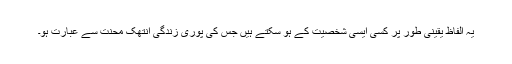
یہ الفاظ یقینی طور پر کسی ایسی شخصیت کے ہو سکتے ہیں جس کی پوری زندگی انتھک محنت سے عبارت ہو۔